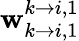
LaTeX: \mathbf{w}_{k\rightarrow i,1}^{k\rightarrow i,1}